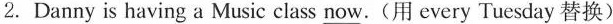
2. Danny is having a Music class now.(用 every Tuesday 替换)